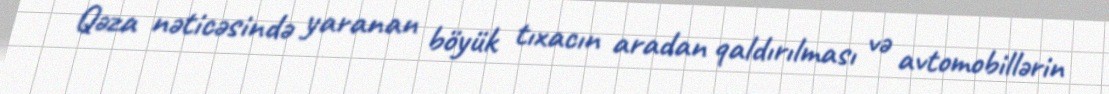
Qəza nəticəsində yaranan böyük tıxacın aradan qaldırılması və avtomobillərin